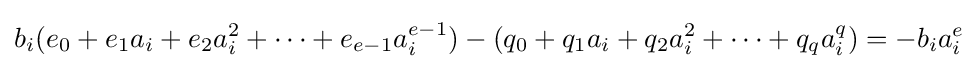
b_{i}(e_{0}+e_{1}a_{i}+e_{2}a_{i}^{2}+\cdots +e_{e-1}a_{i}^{e-1})-(q_{0}+q_{1}a_{i}+q_{2}a_{i}^{2}+\cdots +q_{q}a_{i}^{q})=-b_{i}a_{i}^{e}